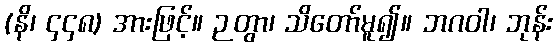
(နိ၊ ၄၄၈) အားဖြင့်။ ဉတွာ၊ သိတော်မူ၍။ ဘဂဝါ၊ ဘုန်း